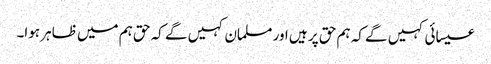
عیسائی کہیں گے کہ ہم حق پر ہیں اور مسلمان کہیں گے کہ حق ہم میں ظاہر ہوا۔